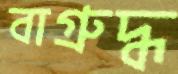
বাগ্রুদ্ধ